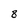
Character: 8